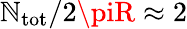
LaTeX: \mathbb{N}_{\mathrm{{tot}}}/2\piR\approx2